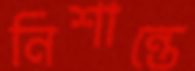
নিশান্তে